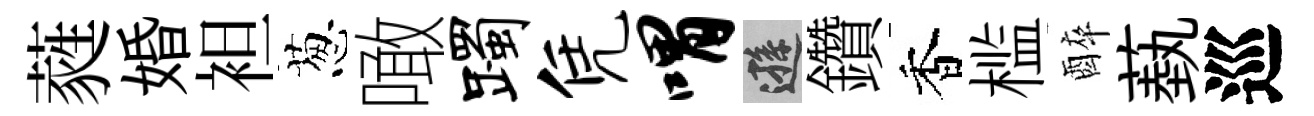
蕤婚袒葱噉躅凭喟遜鑽香槛醉蓺巡